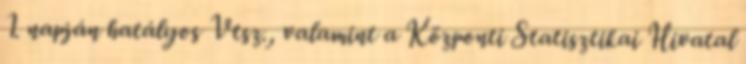
1. napján hatályos Vtsz., valamint a Központi Statisztikai Hivatal